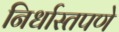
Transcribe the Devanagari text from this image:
निर्धास्तपणे